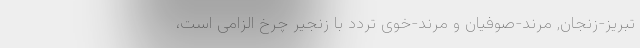
تبریز-زنجان, مرند-صوفیان و مرند-خوی تردد با زنجیر چرخ الزامی است،